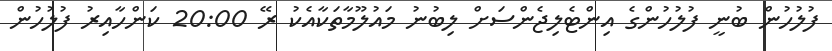
ފުލުހުން ބުނީ ފުލުހުންގެ އިންޓެލިޖެންސަށް ލިބުނު މައުލޫމާތަކާއެކު ރޭ 20:00 ކަންހާއިރު ފުލުހުން